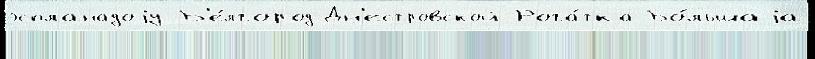
эспланадоjу Б'е́лгород-Дн'естровской Рога́тка Бо́льшаjа